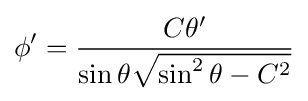
\phi '={\frac {C\theta '}{\sin \theta {\sqrt {\sin ^{2}\theta -C^{2}}}}}